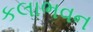
કલાભવન